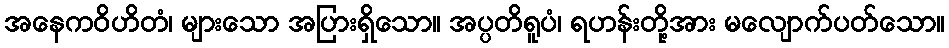
အနေကဝိဟိတံ၊ များသော အပြားရှိသော။ အပ္ပတိရူပံ၊ ရဟန်းတို့အား မလျောက်ပတ်သော။